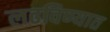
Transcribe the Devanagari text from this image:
लढविण्यात